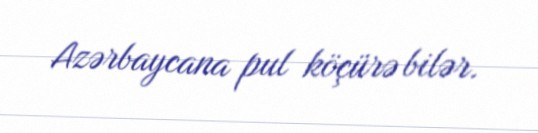
Azərbaycana pul köçürə bilər.